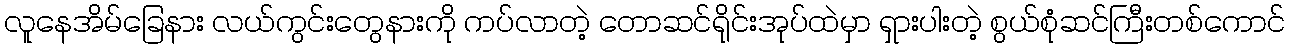
လူနေအိမ်ခြေနား လယ်ကွင်းတွေနားကို ကပ်လာတဲ့ တောဆင်ရိုင်းအုပ်ထဲမှာ ရှားပါးတဲ့ စွယ်စုံဆင်ကြီးတစ်ကောင်